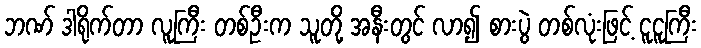
ဘဏ် ဒါရိုက်တာ လူကြီး တစ်ဦးက သူတို့ အနီးတွင် လာ၍ စားပွဲ တစ်လုံးဖြင့် ငူငူကြီး